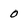
Character: 0